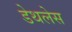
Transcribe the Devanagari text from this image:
डेथलेस